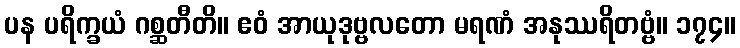
ပန ပရိက္ခယံ ဂစ္ဆတီတိ။ ဧဝံ အာယုဒုဗ္ဗလတော မရဏံ အနုဿရိတဗ္ဗံ။ ၁၇၄။